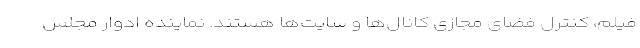
فیلم، کنترل فضای مجازی کانال‌ها و سایت‌ها هستند. نماینده ادوار مجلس